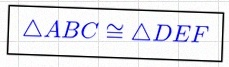
\triangle ABC\cong\triangle DEF